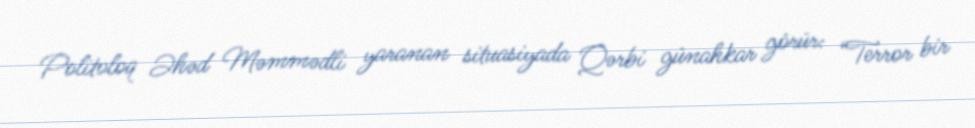
Politoloq Əhəd Məmmədli yaranan situasiyada Qərbi günahkar görür: “Terror bir